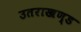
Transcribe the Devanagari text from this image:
उतराखण्ड